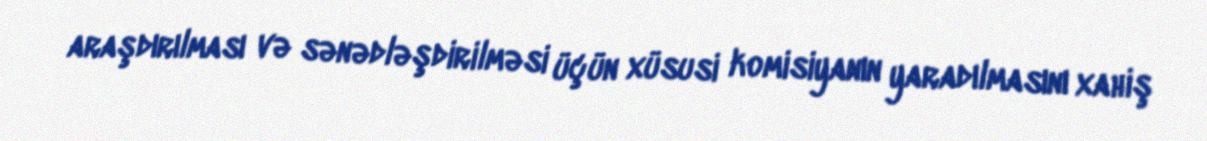
araşdırılması və sənədləşdirilməsi üçün xüsusi komisiyanın yaradılmasını xahiş